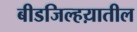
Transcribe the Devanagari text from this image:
बीडजिल्हय़ातील